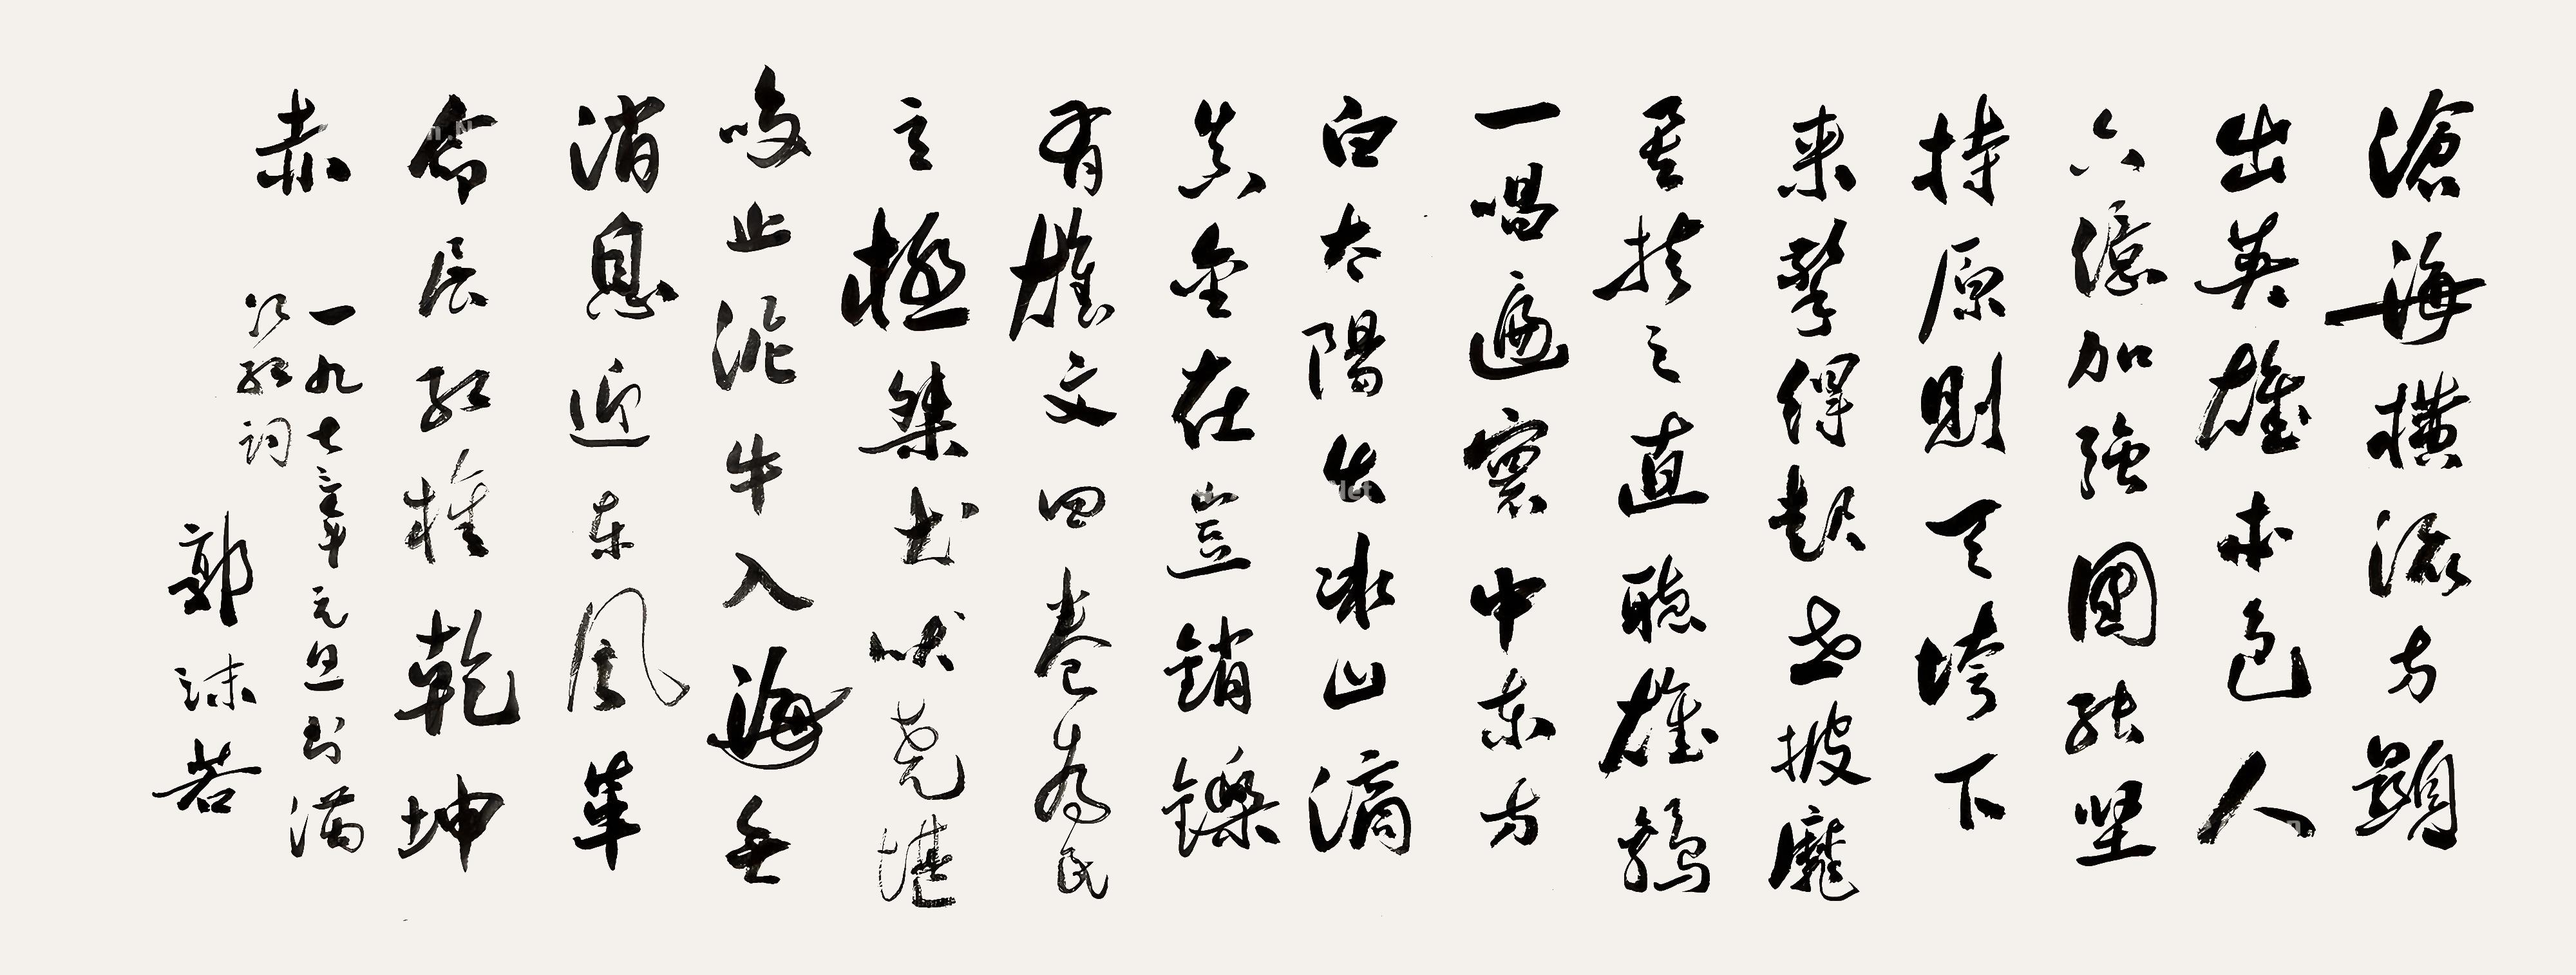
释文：沧海横流，方显出英雄本色。人六亿，加强团结，坚持原则。天垮下来擎得起，世披靡矣扶之直。听雄鸡一唱遍寰中，东方白。太阳出，冰山滴，真金在，岂销铄？有雄文四卷，为民立极。桀犬吠尧堪笑止，泥牛入海无消息。迎东风革命展红旗，乾坤赤。一九七三年元旦书《满江红》词，郭沫若。